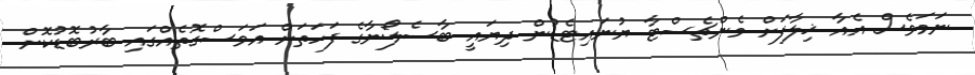
ނަމަވެސް އެއާ ޚިލާފަށް މެންޗެސްޓާ ޔުނައިޓެޑުން ދިޔައީ ބާސެލޯނާގެ ފަހަތަށް އަވަސްގޮތެއްގައި ބާރުބޮޑުކޮށް